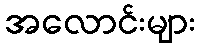
အလောင်းများ